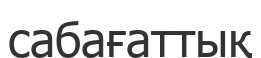
сабағаттық